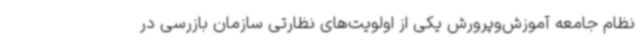
نظام جامعه آموزش‌وپرورش یکی از اولویت‌های نظارتی سازمان بازرسی در